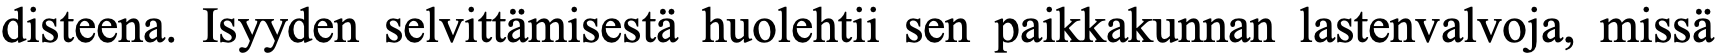
disteena. Isyyden selvittämisestä huolehtii sen paikkakunnan lastenvalvoja, missä